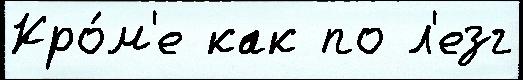
Кро́м'е как по л'езг